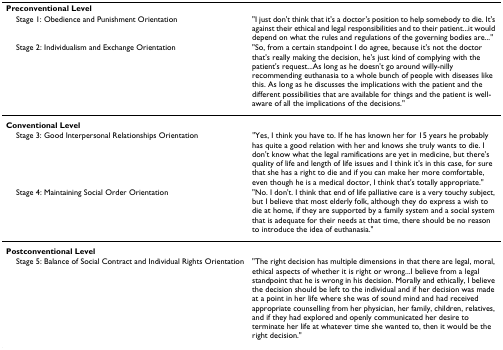
<table><thead><tr><td><b>Preconventional Level</b></td><td></td></tr><tr><td><b> Stage 1: Obedience and Punishment Orientation</b></td><td><b>&quot;I just don&#x27;t think that it&#x27;s a doctor&#x27;s position to help somebody to die. It&#x27;s against their ethical and legal responsibilities and to their patient...it would depend on what the rules and regulations of the governing bodies are...&quot;</b></td></tr><tr><td><b> Stage 2: Individualism and Exchange Orientation</b></td><td><b>&quot;So, from a certain standpoint I do agree, because it&#x27;s not the doctor that&#x27;s really making the decision, he&#x27;s just kind of complying with the patient&#x27;s request...As long as he doesn&#x27;t go around willy-nilly recommending euthanasia to a whole bunch of people with diseases like this. As long as he discusses the implications with the patient and the different possibilities that are available for things and the patient is well-aware of all the implications of the decisions.&quot;</b></td></tr></thead><tbody><tr><td><b>Conventional Level</b></td><td></td></tr><tr><td> Stage 3: Good Interpersonal Relationships Orientation</td><td>&quot;Yes, I think you have to. If he has known her for 15 years he probably has quite a good relation with her and knows she truly wants to die. I don&#x27;t know what the legal ramifications are yet in medicine, but there&#x27;s quality of life and length of life issues and I think it&#x27;s in this case, for sure that she has a right to die and if you can make her more comfortable, even though he is a medical doctor, I think that&#x27;s totally appropriate.&quot;</td></tr><tr><td> Stage 4: Maintaining Social Order Orientation</td><td>&quot;No. I don&#x27;t. I think that end of life palliative care is a very touchy subject, but I believe that most elderly folk, although they do express a wish to die at home, if they are supported by a family system and a social system that is adequate for their needs at that time, there should be no reason to introduce the idea of euthanasia.&quot;</td></tr><tr><td><b>Postconventional Level</b></td><td></td></tr><tr><td> Stage 5: Balance of Social Contract and Individual Rights Orientation</td><td>&quot;The right decision has multiple dimensions in that there are legal, moral, ethical aspects of whether it is right or wrong...I believe from a legal standpoint that he is wrong in his decision. Morally and ethically, I believe the decision should be left to the individual and if her decision was made at a point in her life where she was of sound mind and had received appropriate counselling from her physician, her family, children, relatives, and if they had explored and openly communicated her desire to terminate her life at whatever time she wanted to, then it would be the right decision.&quot;</td></tr></tbody></table>